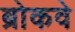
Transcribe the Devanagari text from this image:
ब्रोकवे